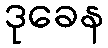
ဒုခေန